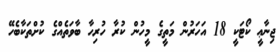
ޖިނާޢީ ކޯޓަކީ 18 އަހަރުން މަތީގެ މީހުން ކުރާ ހުރިހާ ބާވަތެއްގެ ކުށްތަކާބެހޭ